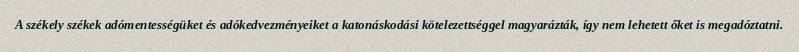
A székely székek adómentességüket és adókedvezményeiket a katonáskodási kötelezettséggel magyarázták, így nem lehetett őket is megadóztatni.